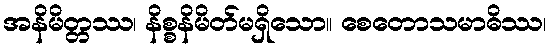
အနိမိတ္တဿ၊ နိစ္စနိမိတ်မရှိသော။ စေတောသမာဓိဿ၊